Civil Veterinary Department Bihar & Orissa reports 1929-36 - 1929-1936
Year: 1929
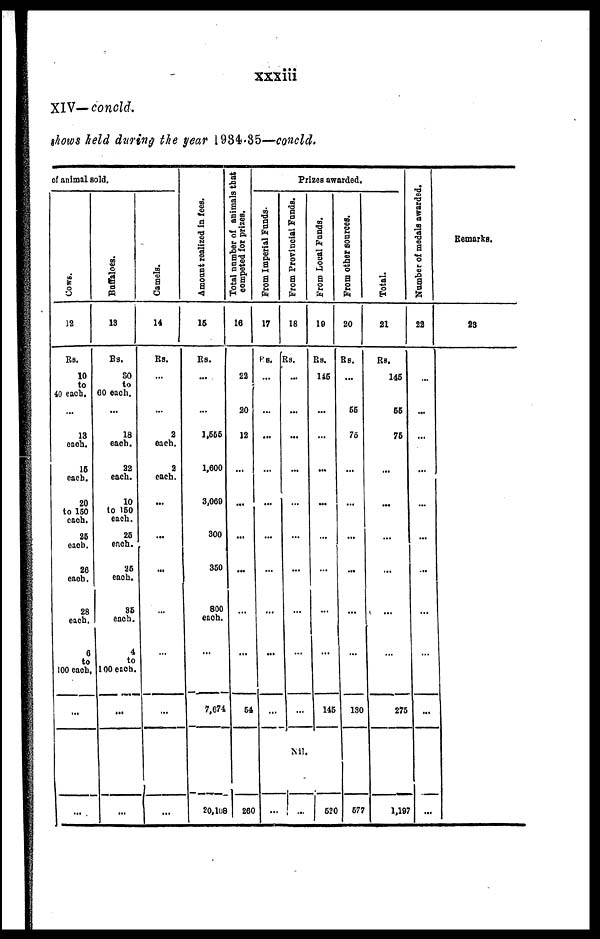
xxxiii
XIV—concld.
shows held during the year 1934-35—concld.
of animal Bold.
Cows.
12
Rs.
10
to
40 each.
...
13
each.
16
each.
20
to 160
each.
26
each.
26
each.
28
each.
6
to
100 each.,
...
...
Buffaloes.
13
Rs.
80
to
60 each.
...
18
each.
22
each.
10
to 160
each.
26
each.
26
each.
36
each.
4
to
100 each.
...
...
Camels.
14
Rs.
...
...
2
each.
2
each.
...
...
...
...
...
...
...
Amo u n t r eal i zed in fees.
16
Rs.
...
...
1,666
1,600
3,060
300
360
800
each.
...
7,674
20,108
Total number of animals that
competed for prizes.
16
22
20
12
...
...
...
...
...
...
64
26C
Prizes awarded.
From Imperial Funds.
17
Rs.
...
...
...
...
...
...
...
...
...
...
...
From Provincial Funds.
18
Rs.
...
...
...
...
...
...
...
...
...
...
Nil.
...
From Local Funds.
10
Rs.
116
...
...
...
...
...
...
...
...
146
520
From other sources.
20
Rs.
...
66
75
...
...
...
...
...
...
130
577
Total.
21
Rs.
146
66
76
...
...
...
...
...
...
276
1,192
Number of medals awarded.
22
...
...
...
...
...
...
...
...
...
...
Remarks.
23